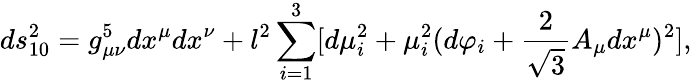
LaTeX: ds_{10}^{2}=g_{\mu\nu}^{5}dx^{\mu}dx^{\nu}+l^{2}\sum_{i=1}^{3}[d\mu_{i}^{2}+\mu_{i}^{2}(d\varphi_{i}+\frac{2}{\sqrt{3}}A_{\mu}dx^{\mu})^{2}],